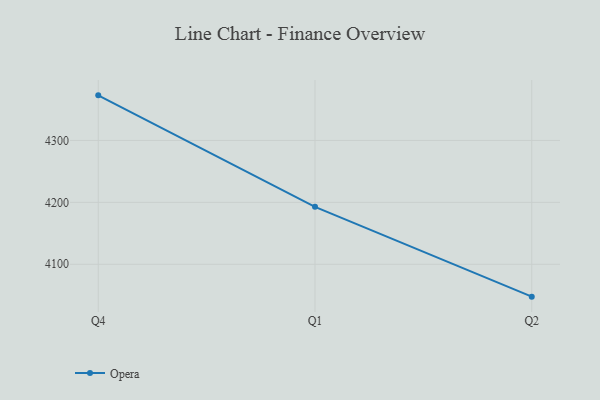
{"axis": {"x": "Quarter", "y": "Operating Costs (USD K)"}, "legend": ["Opera"], "data": [{"x": "Q4", "y": 4372.8, "type": "Opera"}, {"x": "Q1", "y": 4192.8, "type": "Opera"}, {"x": "Q2", "y": 4047.7, "type": "Opera"}]}